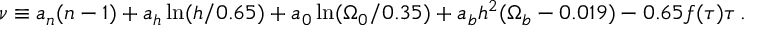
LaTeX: \nu \equiv a _ { n } ( n - 1 ) + a _ { h } \ln ( h / 0 . 6 5 ) + a _ { 0 } \ln ( \Omega _ { 0 } / 0 . 3 5 ) + a _ { b } h ^ { 2 } ( \Omega _ { b } - 0 . 0 1 9 ) - 0 . 6 5 f ( \tau ) \tau \, .